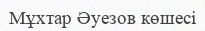
Мұхтар Әуезов көшесі